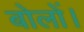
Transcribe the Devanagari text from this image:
बोलों।